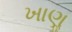
ખાણૢ